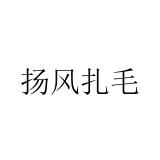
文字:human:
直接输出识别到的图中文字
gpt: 扬风扎毛